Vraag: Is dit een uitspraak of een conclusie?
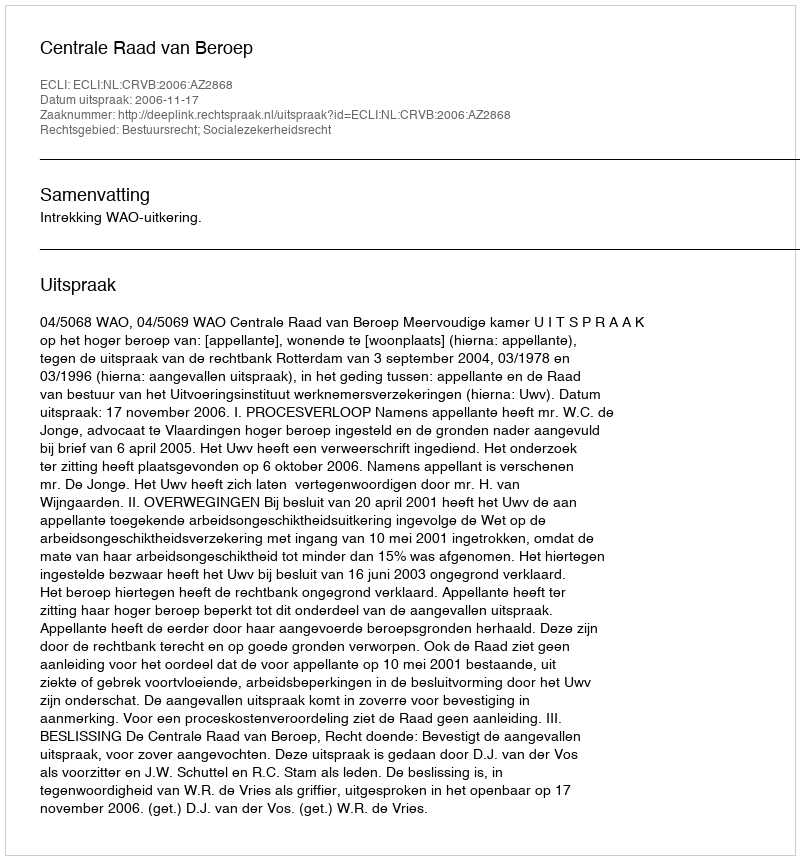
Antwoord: Uitspraak